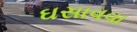
ઘસાવવા